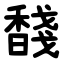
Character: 馢